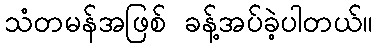
သံတမန်အဖြစ် ခန့်အပ်ခဲ့ပါတယ်။